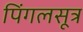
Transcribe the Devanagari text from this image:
पिंगलसूत्र